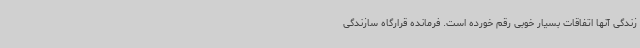
زندگی آنها اتفاقات بسیار خوبی رقم خورده است. فرمانده قرارگاه سازندگی